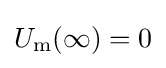
U_{\rm {m}}(\infty )=0